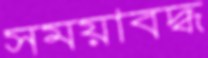
সময়াবদ্ধ